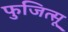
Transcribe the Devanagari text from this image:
फुजित्सू